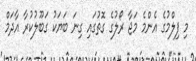
މި ފިލްމުގެ އެންމެ މަޖާ ރޯލުގެ ގޮތުގައި ގިނަ ބަޔަކު ގަބޫލުކުރާ އާދަމް